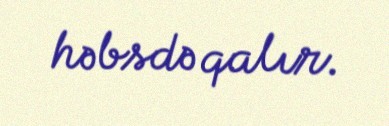
həbsdə qalır.